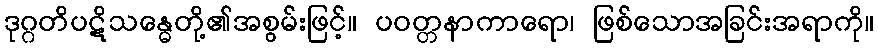
ဒုဂ္ဂတိပဋိသန္ဓေတို့၏အစွမ်းဖြင့်။ ပဝတ္တနာကာရော၊ ဖြစ်သောအခြင်းအရာကို။